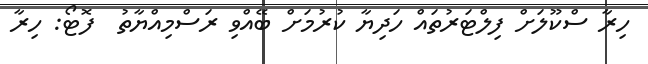
ހިރާ ސްކޫލަށް ފިލްޓަރުތައް ހަދިޔާ ކުރުމަށް ބޭއްވި ރަސްމިއްޔާތު  ފޮޓޯ: ހިރާ